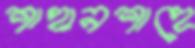
শাহানশাহে